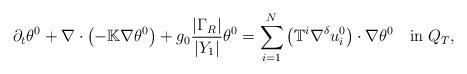
LaTeX: \begin{align*}{\displaystyle \partial_{t}\theta^{0}+\nabla\cdot\left(-\mathbb{K}\nabla\theta^{0}\right)+g_{0}\frac{\left|\Gamma_{R}\right|}{\left|Y_{1}\right|}\theta^{0}=\sum_{i=1}^{N}\left(\mathbb{T}^{i}\nabla^{\delta}u_{i}^{0}\right)\cdot\nabla\theta^{0}}\quad\mbox{in}\;Q_{T},\end{align*}